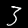
Label: 3